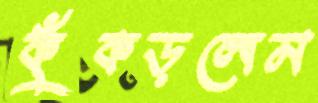
কুঁকড়লেম